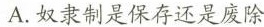
A.奴隶制是保存还是废除